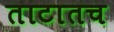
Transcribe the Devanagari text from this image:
ताटातच